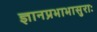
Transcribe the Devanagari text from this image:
ज्ञानप्रभाभासुराः